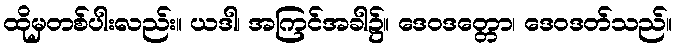
ထိုမှတစ်ပါးလည်း။ ယဒါ၊ အကြင်အခါ၌။ ဒေဝဒတ္တော၊ ဒေဝဒတ်သည်။